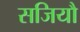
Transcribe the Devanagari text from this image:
सजियौ